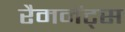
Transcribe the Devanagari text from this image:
रैमनेंट्स